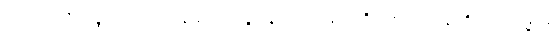
အဘယ်သို့လျှောက်ထားသနည်း။ ဘဒ္ဒန္တေ၊ အရှင်မြတ်တို့။ ကထံဉာယတိ၊ အဘယ်သို့